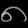
Digit: ၈